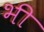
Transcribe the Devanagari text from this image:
भी